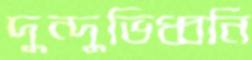
দুন্দুভিধ্বনি